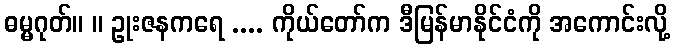
ဓမ္မဂုတ်။ ။ ဥုးဇနကရေ .... ကိုယ်တော်က ဒီမြန်မာနိုင်ငံကို အကောင်းလို့